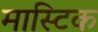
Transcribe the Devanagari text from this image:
मास्टिक